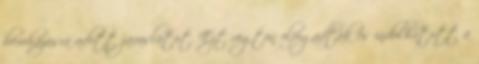
beruházásra adott javaslatot. Ezt rögtön elfogadták és indulhatott a